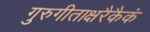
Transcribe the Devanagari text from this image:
गुरुगीताक्षरैकैकं